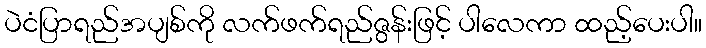
ပဲငံပြာရည်အပျစ်ကို လက်ဖက်ရည်ဇွန်းဖြင့် ပါလေကာ ထည့်ပေးပါ။